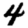
Digit: 4